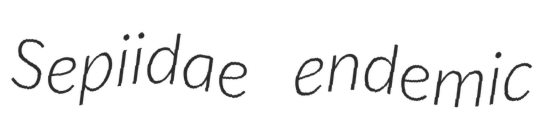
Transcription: Sepiidae endemic